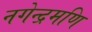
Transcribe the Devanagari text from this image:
नगेन्द्रमणि